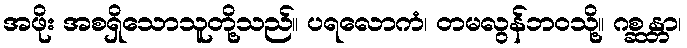
အဖိုး အစရှိသောသူတို့သည်။ ပရလောကံ၊ တမလွန်ဘဝသို့။ ဂစ္ဆန္တာ၊